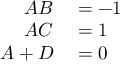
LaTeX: \begin{array} { r l } { A B } & { { } = - 1 } \\ { A C } & { { } = 1 } \\ { A + D } & { { } = 0 } \end{array}